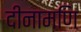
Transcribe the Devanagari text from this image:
दीनामणि